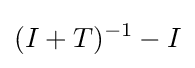
(I+T)^{-1}-I